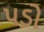
પડો